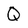
Character: Q